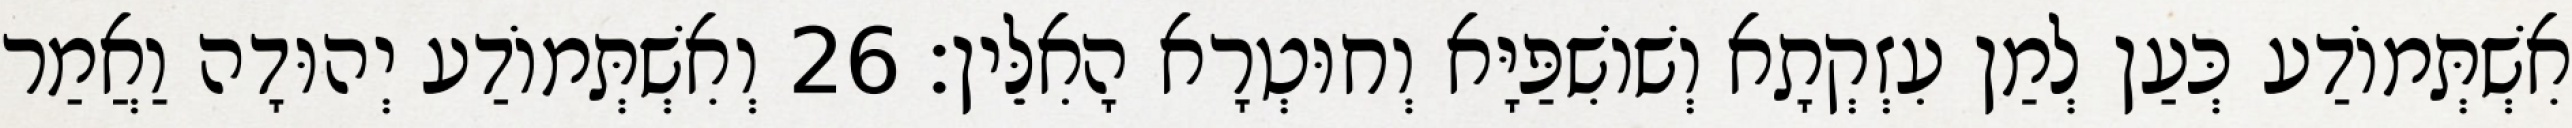
אִשְׁתְּמוֹדַע כְּעַן לְמַן עִזְקְתָא וְשׁוֹשִׁפַּיָּא וְחוּטְרָא הָאִלֵּין׃ 26 וְאִשְׁתְּמוֹדַע יְהוּדָה וַאֲמַר